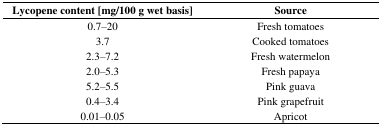
<table><thead><tr><td><b>Lycopene content [mg/100 g wet basis]</b></td><td><b>Source</b></td></tr></thead><tbody><tr><td>0.7–20</td><td>Fresh tomatoes</td></tr><tr><td>3.7</td><td>Cooked tomatoes</td></tr><tr><td>2.3–7.2</td><td>Fresh watermelon</td></tr><tr><td>2.0–5.3</td><td>Fresh papaya</td></tr><tr><td>5.2–5.5</td><td>Pink guava</td></tr><tr><td>0.4–3.4</td><td>Pink grapefruit</td></tr><tr><td>0.01–0.05</td><td>Apricot</td></tr></tbody></table>